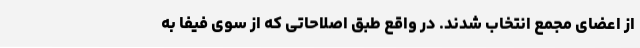
از اعضای مجمع انتخاب شدند. در واقع طبق اصلاحاتی که از سوی فیفا به